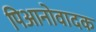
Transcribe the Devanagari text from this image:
पिआनोवादक